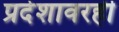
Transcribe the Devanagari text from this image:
प्रदेशावरही